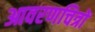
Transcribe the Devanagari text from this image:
आवरणचित्रों